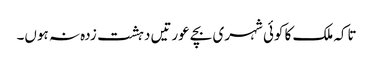
تاکہ ملک کا کوئی شہری بچے عورتیں دہشت زدہ نہ ہوں۔